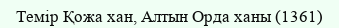
Темір Қожа хан, Алтын Орда ханы (1361)